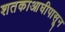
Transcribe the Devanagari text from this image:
शतकाआघीपासून